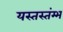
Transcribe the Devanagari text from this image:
यस्तस्तंम्भ